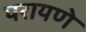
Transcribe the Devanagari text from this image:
परायणे